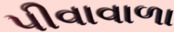
પીવાવાળા